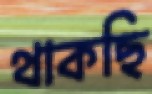
থাকছি